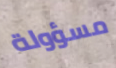
مسؤولة